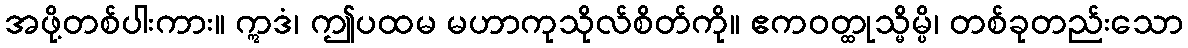
အဖို့တစ်ပါးကား။ ဣဒံ၊ ဤပထမ မဟာကုသိုလ်စိတ်ကို။ ဧကဝတ္ထုသ္မိမ္ပိ၊ တစ်ခုတည်းသော